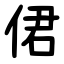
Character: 侰